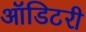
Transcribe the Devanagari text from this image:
ऑडिटरी